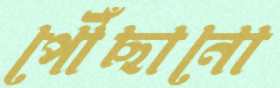
পৌঁছানো